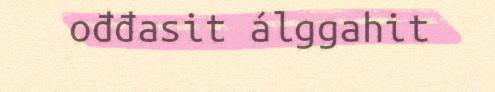
ođđasit álggahit